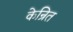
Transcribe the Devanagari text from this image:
केन्रित